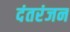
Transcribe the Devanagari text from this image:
दंतरंजन